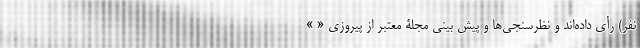
نفر) رأی داده‌اند و نظرسنجی‌ها و پیش بینی مجلۀ معتبر از پیروزی « »